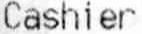
CASHIER